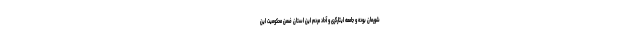
شورمان بوده و جامعه ایثارگری و آحاد مردم این استان ضمن محکومیت این